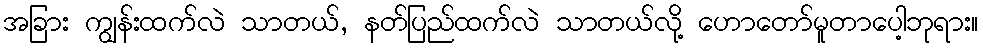
အခြား ကျွန်းထက်လဲ သာတယ်, နတ်ပြည်ထက်လဲ သာတယ်လို့ ဟောတော်မူတာပေါ့ဘုရား။